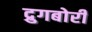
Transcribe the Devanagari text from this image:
द्रुगबोरी